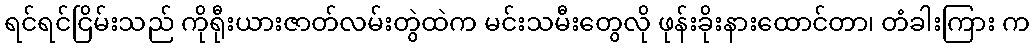
ရင်ရင်ငြိမ်းသည် ကိုရီုးယားဇာတ်လမ်းတွဲထဲက မင်းသမီးတွေလို ဖုန်းခိုးနားထောင်တာ၊ တံခါးကြား က